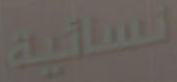
النسائية